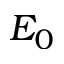
E _ { 0 }